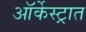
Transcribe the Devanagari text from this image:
ऑर्केस्ट्रात